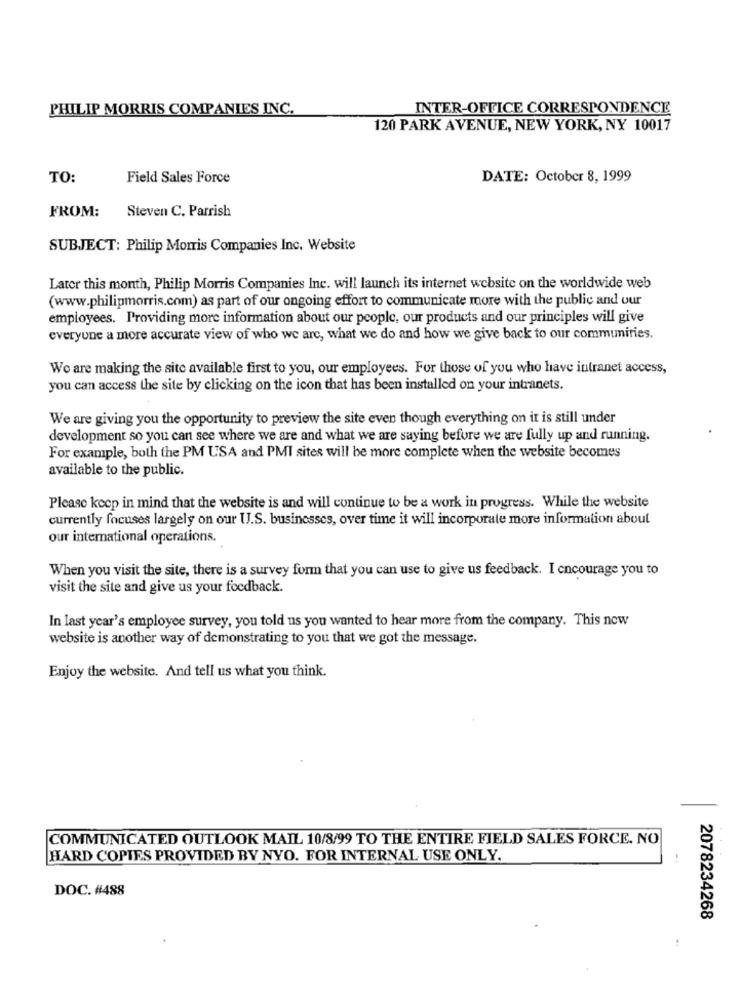
PHILIP MORRIS COMPANIES INC.
INTER-OFFICE CORRESPONDENCE
120 PARK AVENUE, NEW YORK, NY 10017
TO:
Field Sales Force
DATE: October 8, 1999
FROM:
Steven C. Parrish
SUBJECT: Philip Morris Companies Inc. Website
Later this month, Philip Morris Companies Inc. will launch its internet website on the worldwide web
(www.philipmorris.com) as part of our ongoing effort to communicate more with the public and our
employees. Providing more information about our people, our products and our principles will give
everyune a more accurate view of who we are, what we do and how we give back to our communities.
We are making the site available first to you, our employees. For those of you who have intranet access,
you can access the site by clicking on the icon that has been installed on your intranets.
We are giving you the opportunity to preview the site even though everything on it is still under
development so you can see where we are and what we are saying before we are fully up and running.
For example, both the PM USA and PMI sites will be more complete when the website becomes
available to the public.
Please keep in mind that the website is and will continue to be a work in progress. While the website
currently focuses largely on our U.S. businesses, over time it will incorporate more information about
our international operations.
When you visit the site, there is a survey form that you can use to give us feedback. I encourage you to
visit the site and give us your foodback.
In last year's employee survey, you told us you wanted to hear more from the company. This now
website is another way of demonstrating to you that we got the message.
Enjoy the website. And tell us what you think.
COMMUNICATED OUTLOOK MAIL 10/8/99 TO THE ENTIRE FIELD SALES FORCE. NO
HARD COPIES PROVIDED BY NYO. FOR INTERNAL USE ONLY.
DOC. #488
2078234268